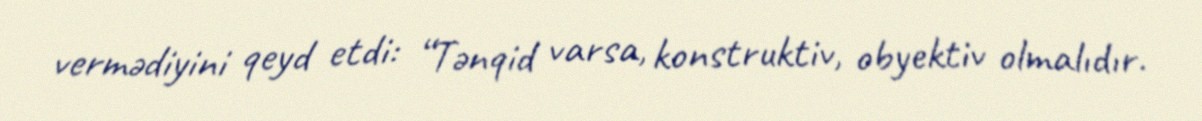
vermədiyini qeyd etdi: “Tənqid varsa, konstruktiv, obyektiv olmalıdır.